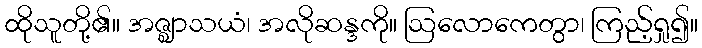
ထိုသူတို့၏။ အဇ္ဈာသယံ၊ အလိုဆန္ဒကို။ ဩလောကေတွာ၊ ကြည့်ရှု၍။